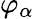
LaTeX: \varphi_{\alpha}